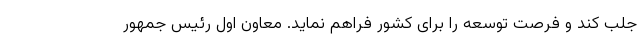
جلب کند و فرصت توسعه را برای کشور فراهم نماید. معاون اول رئیس جمهور